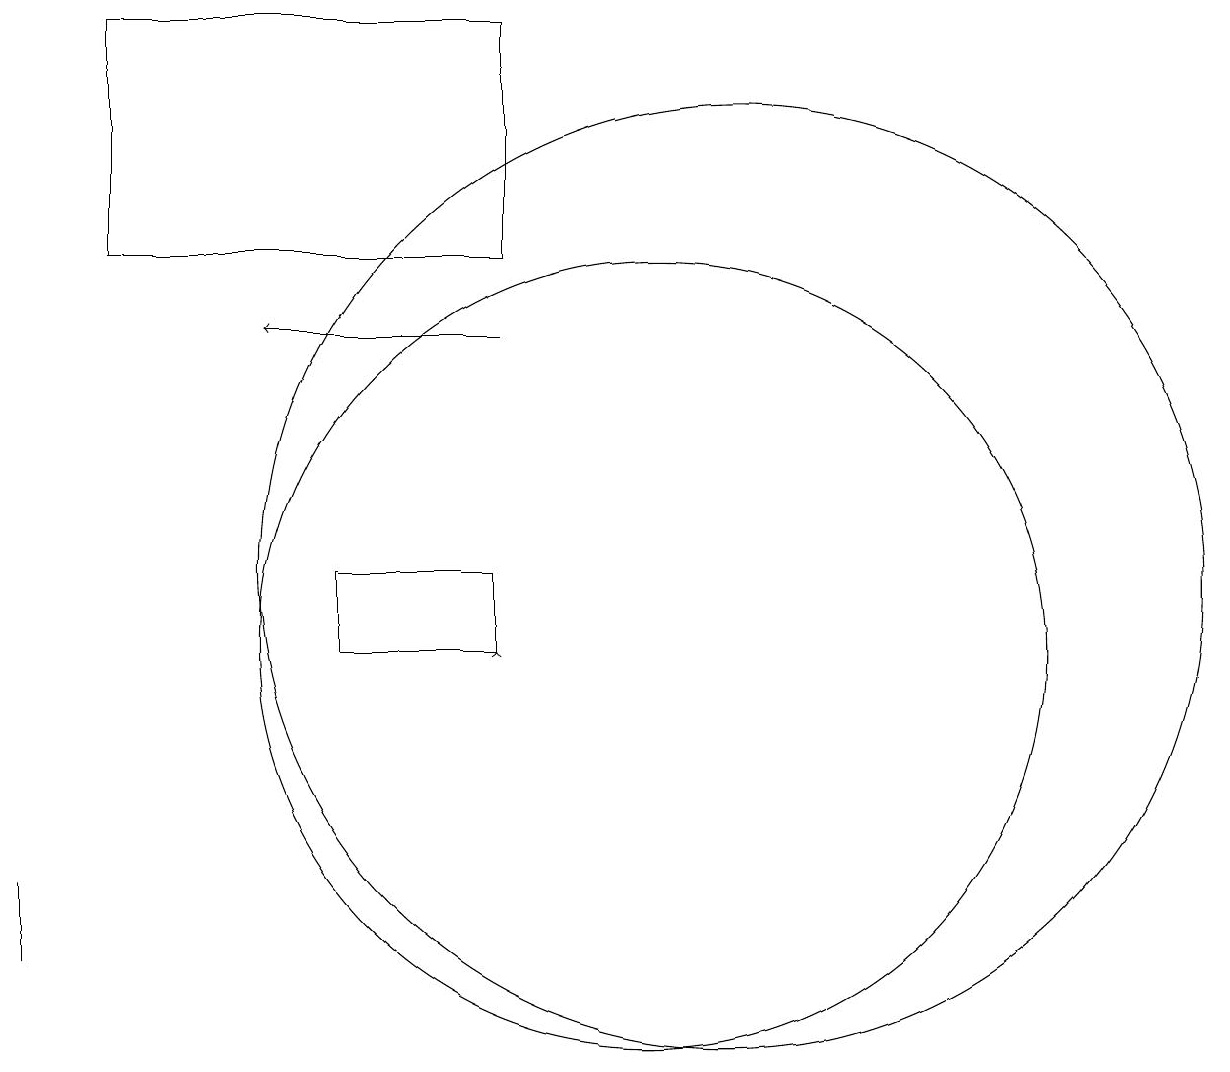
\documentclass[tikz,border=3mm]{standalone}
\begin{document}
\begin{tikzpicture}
\draw (12,12) circle (6);
\draw[->] (9,11) -- (9,11);
\draw (4,19) rectangle (9,16);
\draw[->] (9,15) -- (6,15);
\draw (7,11) rectangle (9,12);
\draw (3,7) -- (3,8) -- (3,8) -- cycle;
\draw (11,11) circle (5);
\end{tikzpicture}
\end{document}